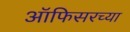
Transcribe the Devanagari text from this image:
ऑफिसरच्या